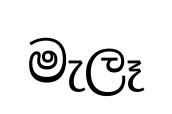
මැලෑ